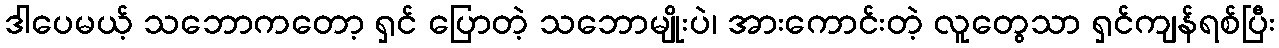
ဒါပေမယ့် သဘောကတော့ ရှင် ပြောတဲ့ သဘောမျိုးပဲ၊ အားကောင်းတဲ့ လူတွေသာ ရှင်ကျန်ရစ်ပြီး